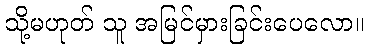
သို့မဟုတ် သူ အမြင်မှားခြင်းပေလော။